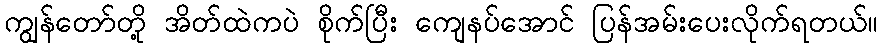
ကျွန်တော်တို့ အိတ်ထဲကပဲ စိုက်ပြီး ကျေနပ်အောင် ပြန်အမ်းပေးလိုက်ရတယ်။